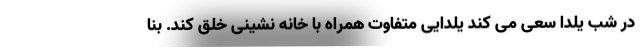
در شب یلدا سعی می کند یلدایی متفاوت همراه با خانه نشینی خلق کند. بنا